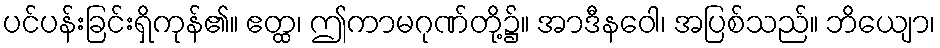
ပင်ပန်းခြင်းရှိကုန်၏။ ဧတ္ထ၊ ဤကာမဂုဏ်တို့၌။ အာဒီနဝေါ၊ အပြစ်သည်။ ဘိယျော၊